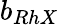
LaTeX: b_{RhX}